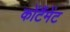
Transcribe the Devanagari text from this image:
कोंटैंमेंट